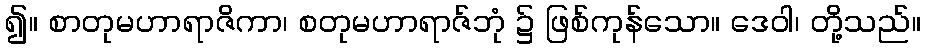
၍။ စာတုမဟာရာဇိကာ၊ စတုမဟာရာဇ်ဘုံ ၌ ဖြစ်ကုန်သော။ ဒေဝါ၊ တို့သည်။